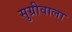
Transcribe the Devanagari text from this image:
सुग्रीवाला